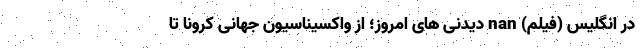
در انگلیس (فیلم) nan دیدنی های امروز؛ از واکسیناسیون جهانی کرونا تا